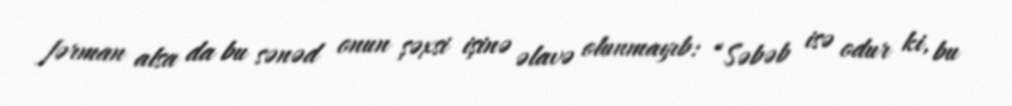
fərman alsa da bu sənəd onun şəxsi işinə əlavə olunmayıb: “Səbəb isə odur ki, bu